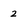
Character: 2